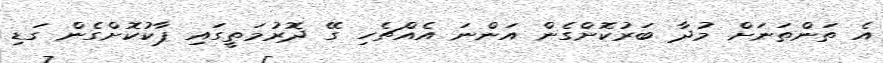
އެ ތަންތަނަށް މުދާ ބަރުކޮށްގެން އަންނަ އެއްޗެހި ގޭ ދޮރުމަތީގައި ޕާކުކޮށްގެން ގަޑި